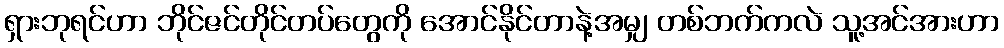
ရှားဘုရင်ဟာ ဘိုင်ဇင်တိုင်တပ်တွေကို အောင်နိုင်တာနဲ့အမျှ တစ်ဘက်ကလဲ သူ့အင်အားဟာ